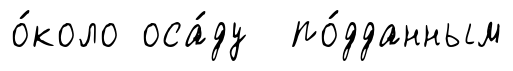
о́коло оса́ду по́дданным